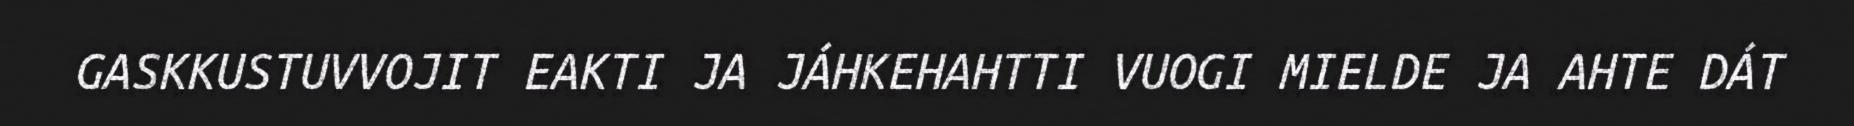
GASKKUSTUVVOJIT EAKTI JA JÁHKEHAHTTI VUOGI MIELDE JA AHTE DÁT